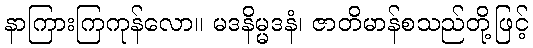
နာကြားကြကုန်လော။ မဒနိမ္မဒနံ၊ ဇာတိမာန်စသည်တို့ဖြင့်